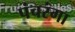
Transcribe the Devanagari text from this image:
पंचरंगा